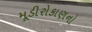
મૂડીરોકાણનો